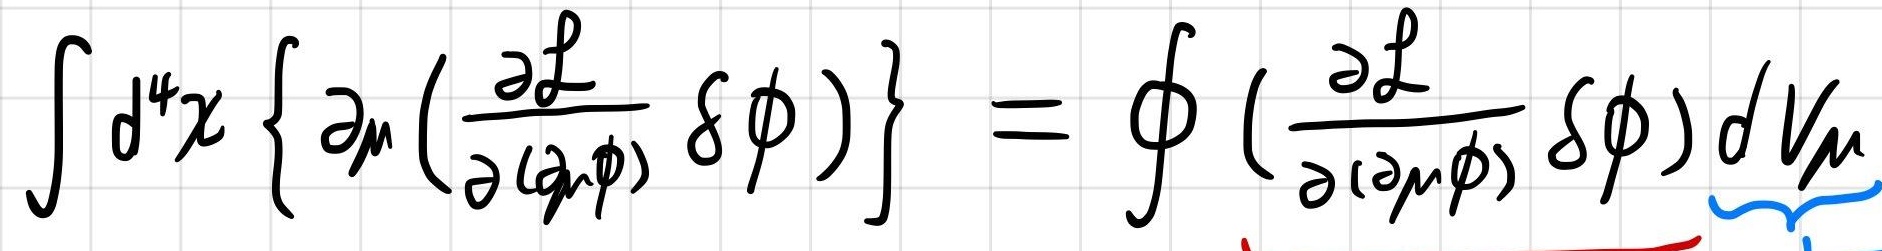
\[ \int d^4 x \left\{ \partial_\mu \left( \frac{\partial \mathcal{L}}{\partial (\partial_\mu \phi)} \delta \phi \right) \right\} = \oint \left( \frac{\partial \mathcal{L}}{\partial (\partial_\mu \phi)} \delta \phi \right) dV_\mu \]